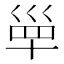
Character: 𡿼